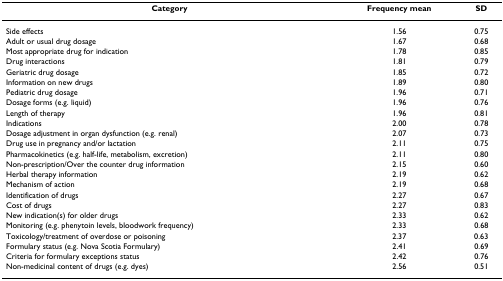
| Category | Frequency mean | SD |
 | --- | --- | --- |
 | Side effects | 1.56 | 0.75 |
 | Adult or usual drug dosage | 1.67 | 0.68 |
 | Most appropriate drug for indication | 1.78 | 0.85 |
 | Drug interactions | 1.81 | 0.79 |
 | Geriatric drug dosage | 1.85 | 0.72 |
 | Information on new drugs | 1.89 | 0.80 |
 | Pediatric drug dosage | 1.96 | 0.71 |
 | Dosage forms (e.g. liquid) | 1.96 | 0.76 |
 | Length of therapy | 1.96 | 0.81 |
 | Indications | 2.00 | 0.78 |
 | Dosage adjustment in organ dysfunction (e.g. renal) | 2.07 | 0.73 |
 | Drug use in pregnancy and/or lactation | 2.11 | 0.75 |
 | Pharmacokinetics (e.g. half-life, metabolism, excretion) | 2.11 | 0.80 |
 | Non-prescription/Over the counter drug information | 2.15 | 0.60 |
 | Herbal therapy information | 2.19 | 0.62 |
 | Mechanism of action | 2.19 | 0.68 |
 | Identification of drugs | 2.27 | 0.67 |
 | Cost of drugs | 2.27 | 0.83 |
 | New indication(s) for older drugs | 2.33 | 0.62 |
 | Monitoring (e.g. phenytoin levels, bloodwork frequency) | 2.33 | 0.68 |
 | Toxicology/treatment of overdose or poisoning | 2.37 | 0.63 |
 | Formulary status (e.g. Nova Scotia Formulary) | 2.41 | 0.69 |
 | Criteria for formulary exceptions status | 2.42 | 0.76 |
 | Non-medicinal content of drugs (e.g. dyes) | 2.56 | 0.51 |